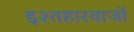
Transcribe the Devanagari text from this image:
इश्तहारवाजों